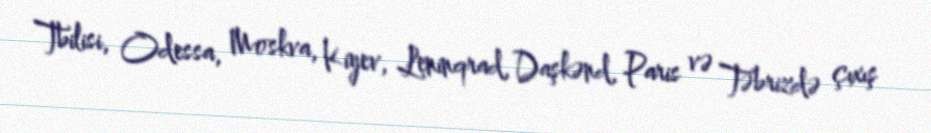
Tbilisi, Odessa, Moskva, Kiyev, Leninqrad, Daşkənd, Paris və Təbrizdə çıxış